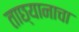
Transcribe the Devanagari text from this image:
ताछ्यानाचा